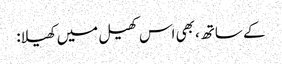
کے ساتھ، بھی اس کھیل میں کھیلا: